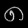
Digit: ၈